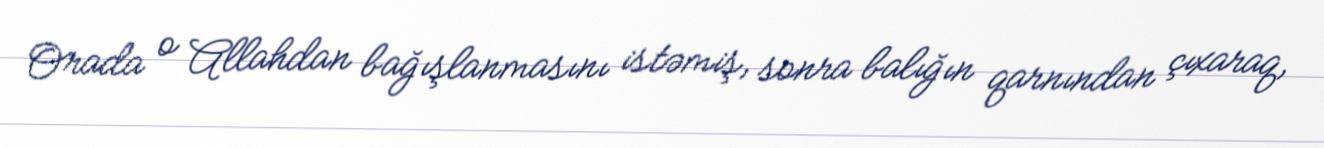
Orada o Allahdan bağışlanmasını istəmiş, sonra balığın qarnından çıxaraq,